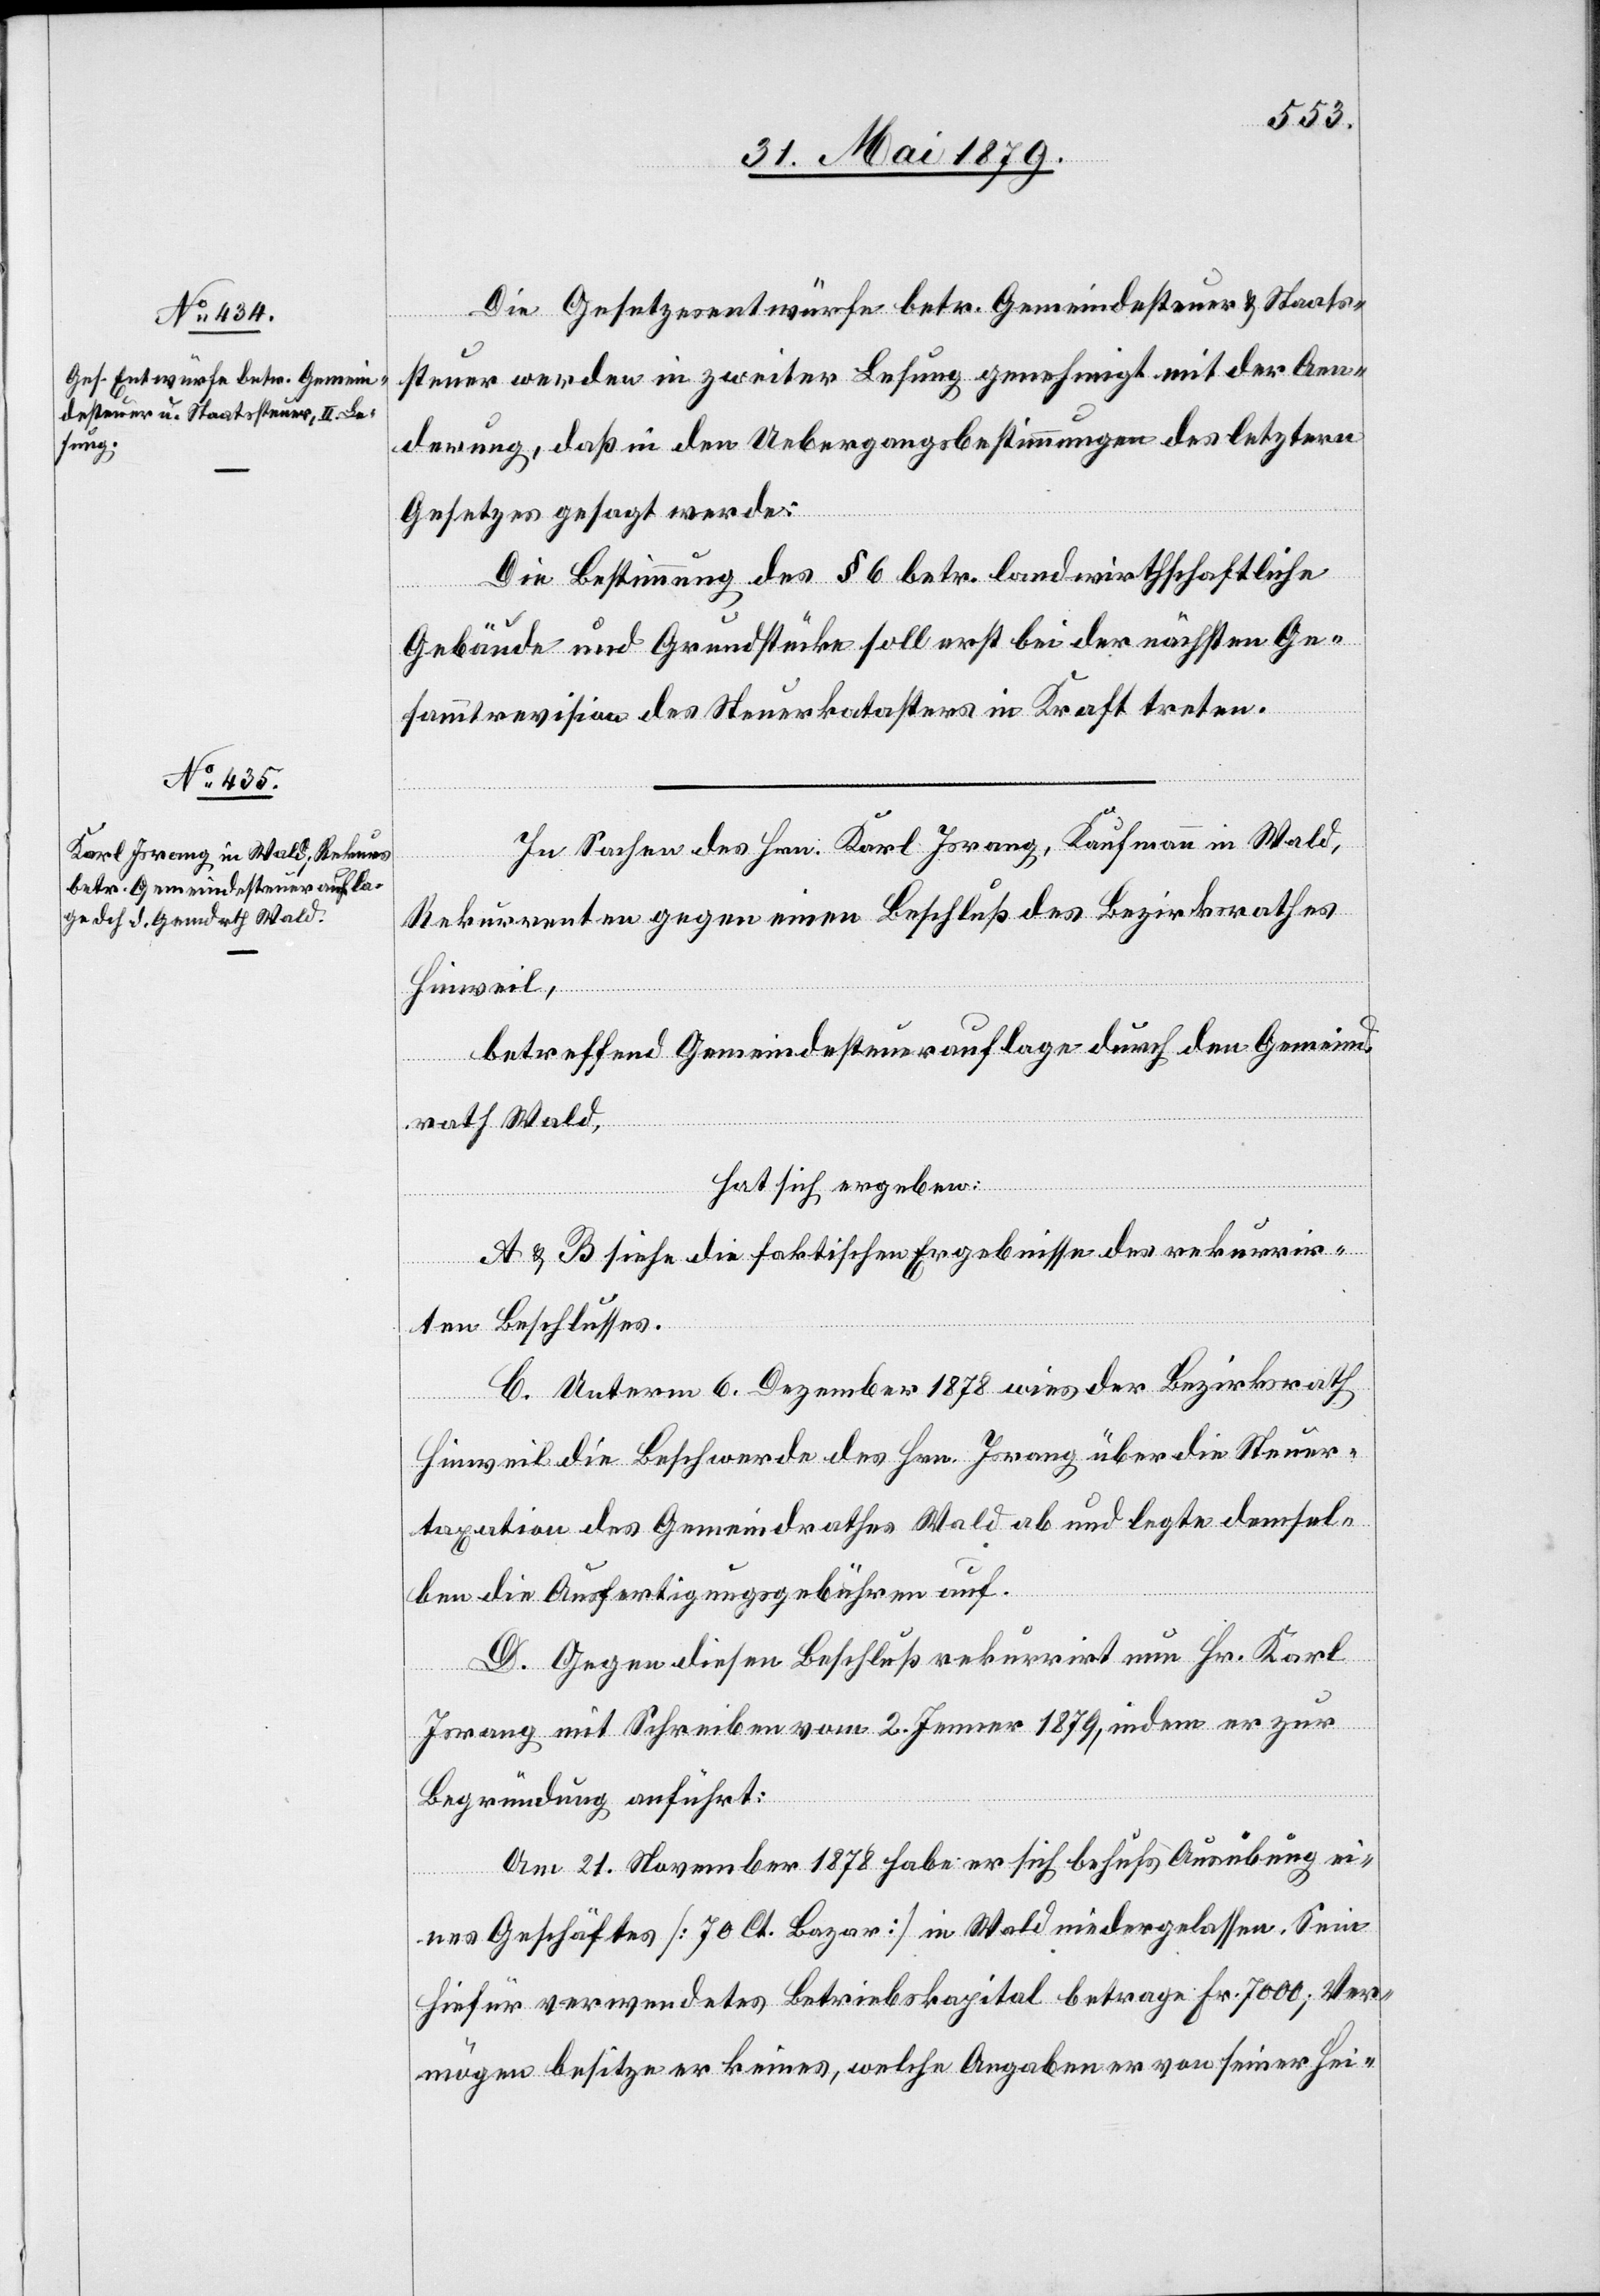
Die Gesetzesentwürfe betr. Gemeindesteuer & Staats¬
steuer werden in zweiter Lesung genehmigt mit der Aen¬
derung, daß in den Uebergangsbestimmungen des letztern
Gesetzes gesagt werde:
Die Bestimmung des § 6 betr. landwirthschaftliche
Gebäude und Grundstücke soll erst bei der nächsten Ge¬
sammtrevision des Steuerkatasters in Kraft treten.
In Sachen des Hrn. Karl Israng, Kaufmann in Wald,
Rekurrenten gegen einen Beschluß des Bezirksrathes
Hinweil,
betreffend Gemeindesteuerauflage durch den Gemeind¬
rath Wald,
hat sich ergeben:
A & B siehe die faktischen Ergebnisse des rekurrir¬
ten Beschlusses.
C. Unterm 6. Dezember 1878 wies der Bezirksrath
Hinweil die Beschwerde des Hrn. Israng über die Steuer¬
taxation des Gemeindrathes Wald ab und legte demsel¬
ben die Ausfertigungsgebühren auf.
D. Gegen diesen Beschluß rekurrirt nun Hr. Karl
Israng mit Schreiben vom 2. Jenner 1879, indem er zur
Begründung anführt:
Am 21. November 1878 habe er sich behufs Ausübung ei¬
nes Geschäftes [70 Ct. Bazar] in Wald niedergelassen. Sein
hiefür verwendetes Betriebskapital betrage Fr. 7000; Ver¬
mögen besitze er keines, welche Angaben er von seiner Hei-